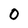
Character: 0